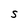
Character: S